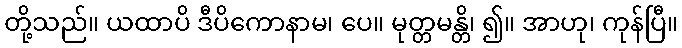
တို့သည်။ ယထာပိ ဒီပိကောနာမ၊ ပေ။ မုတ္တမန္တိ၊ ၍။ အာဟု၊ ကုန်ပြီ။